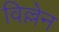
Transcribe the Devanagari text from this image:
विल्लेन